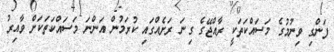
ފަންގި ވިނުމުގެ މަސައްކަތަކީ ރާއްޖޭގެ ގިނަ ރަށެއްގައި ކުރަމުން އަންނަ މަސައްކަތަކަށް ވާއިރު